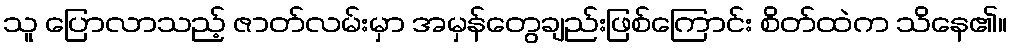
သူ ပြောလာသည့် ဇာတ်လမ်းမှာ အမှန်တွေချည်းဖြစ်ကြောင်း စိတ်ထဲက သိနေ၏။